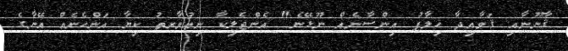
ޤާނޫނާއި ޤަވާއިދާ ޚިލާފު އިންސާނެއް ނޫޅޭނެ" އެންޖެލިކާ ނިއުވާރތު ކިޔާ އަންހެނެއް އޭނާގެ